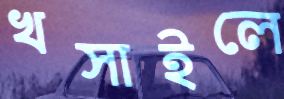
খসাইলে